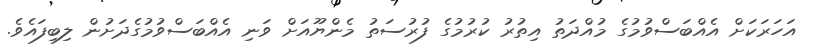
އަހަރަކަށް އެއްބަސްވުމުގެ މުއްދަތު އިތުރު ކުރުމުގެ ފުރުސަތު މެންޔޫއަށް ވަނި އެއްބަސްވުމުގެދަށުން ލިބިފައެވެ.